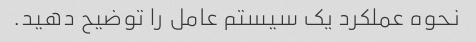
نحوه عملکرد یک سیستم عامل را توضیح دهید.